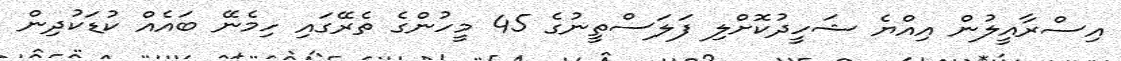
އިސްރާއީލުން އިއްޔެ ޝަހީދުކޮށްލި ފަލަސްތީނުގެ 45 މީހުންގެ ތެރޭގައި ހިމެނޭ ބައެއް ކުޑަކުދިން